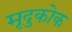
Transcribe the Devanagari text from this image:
मृदुकोक